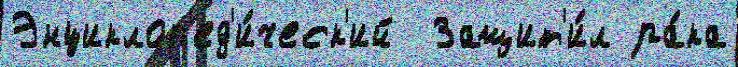
Энциклоп'ед'и́ческ'ий  Защит'и́л ра́ка